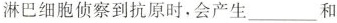
淋巴细胞侦察到抗原时，会产生___和